65_HS1-834228961_62-HQ-83894_Section_8
Agency: FBI
Page 80
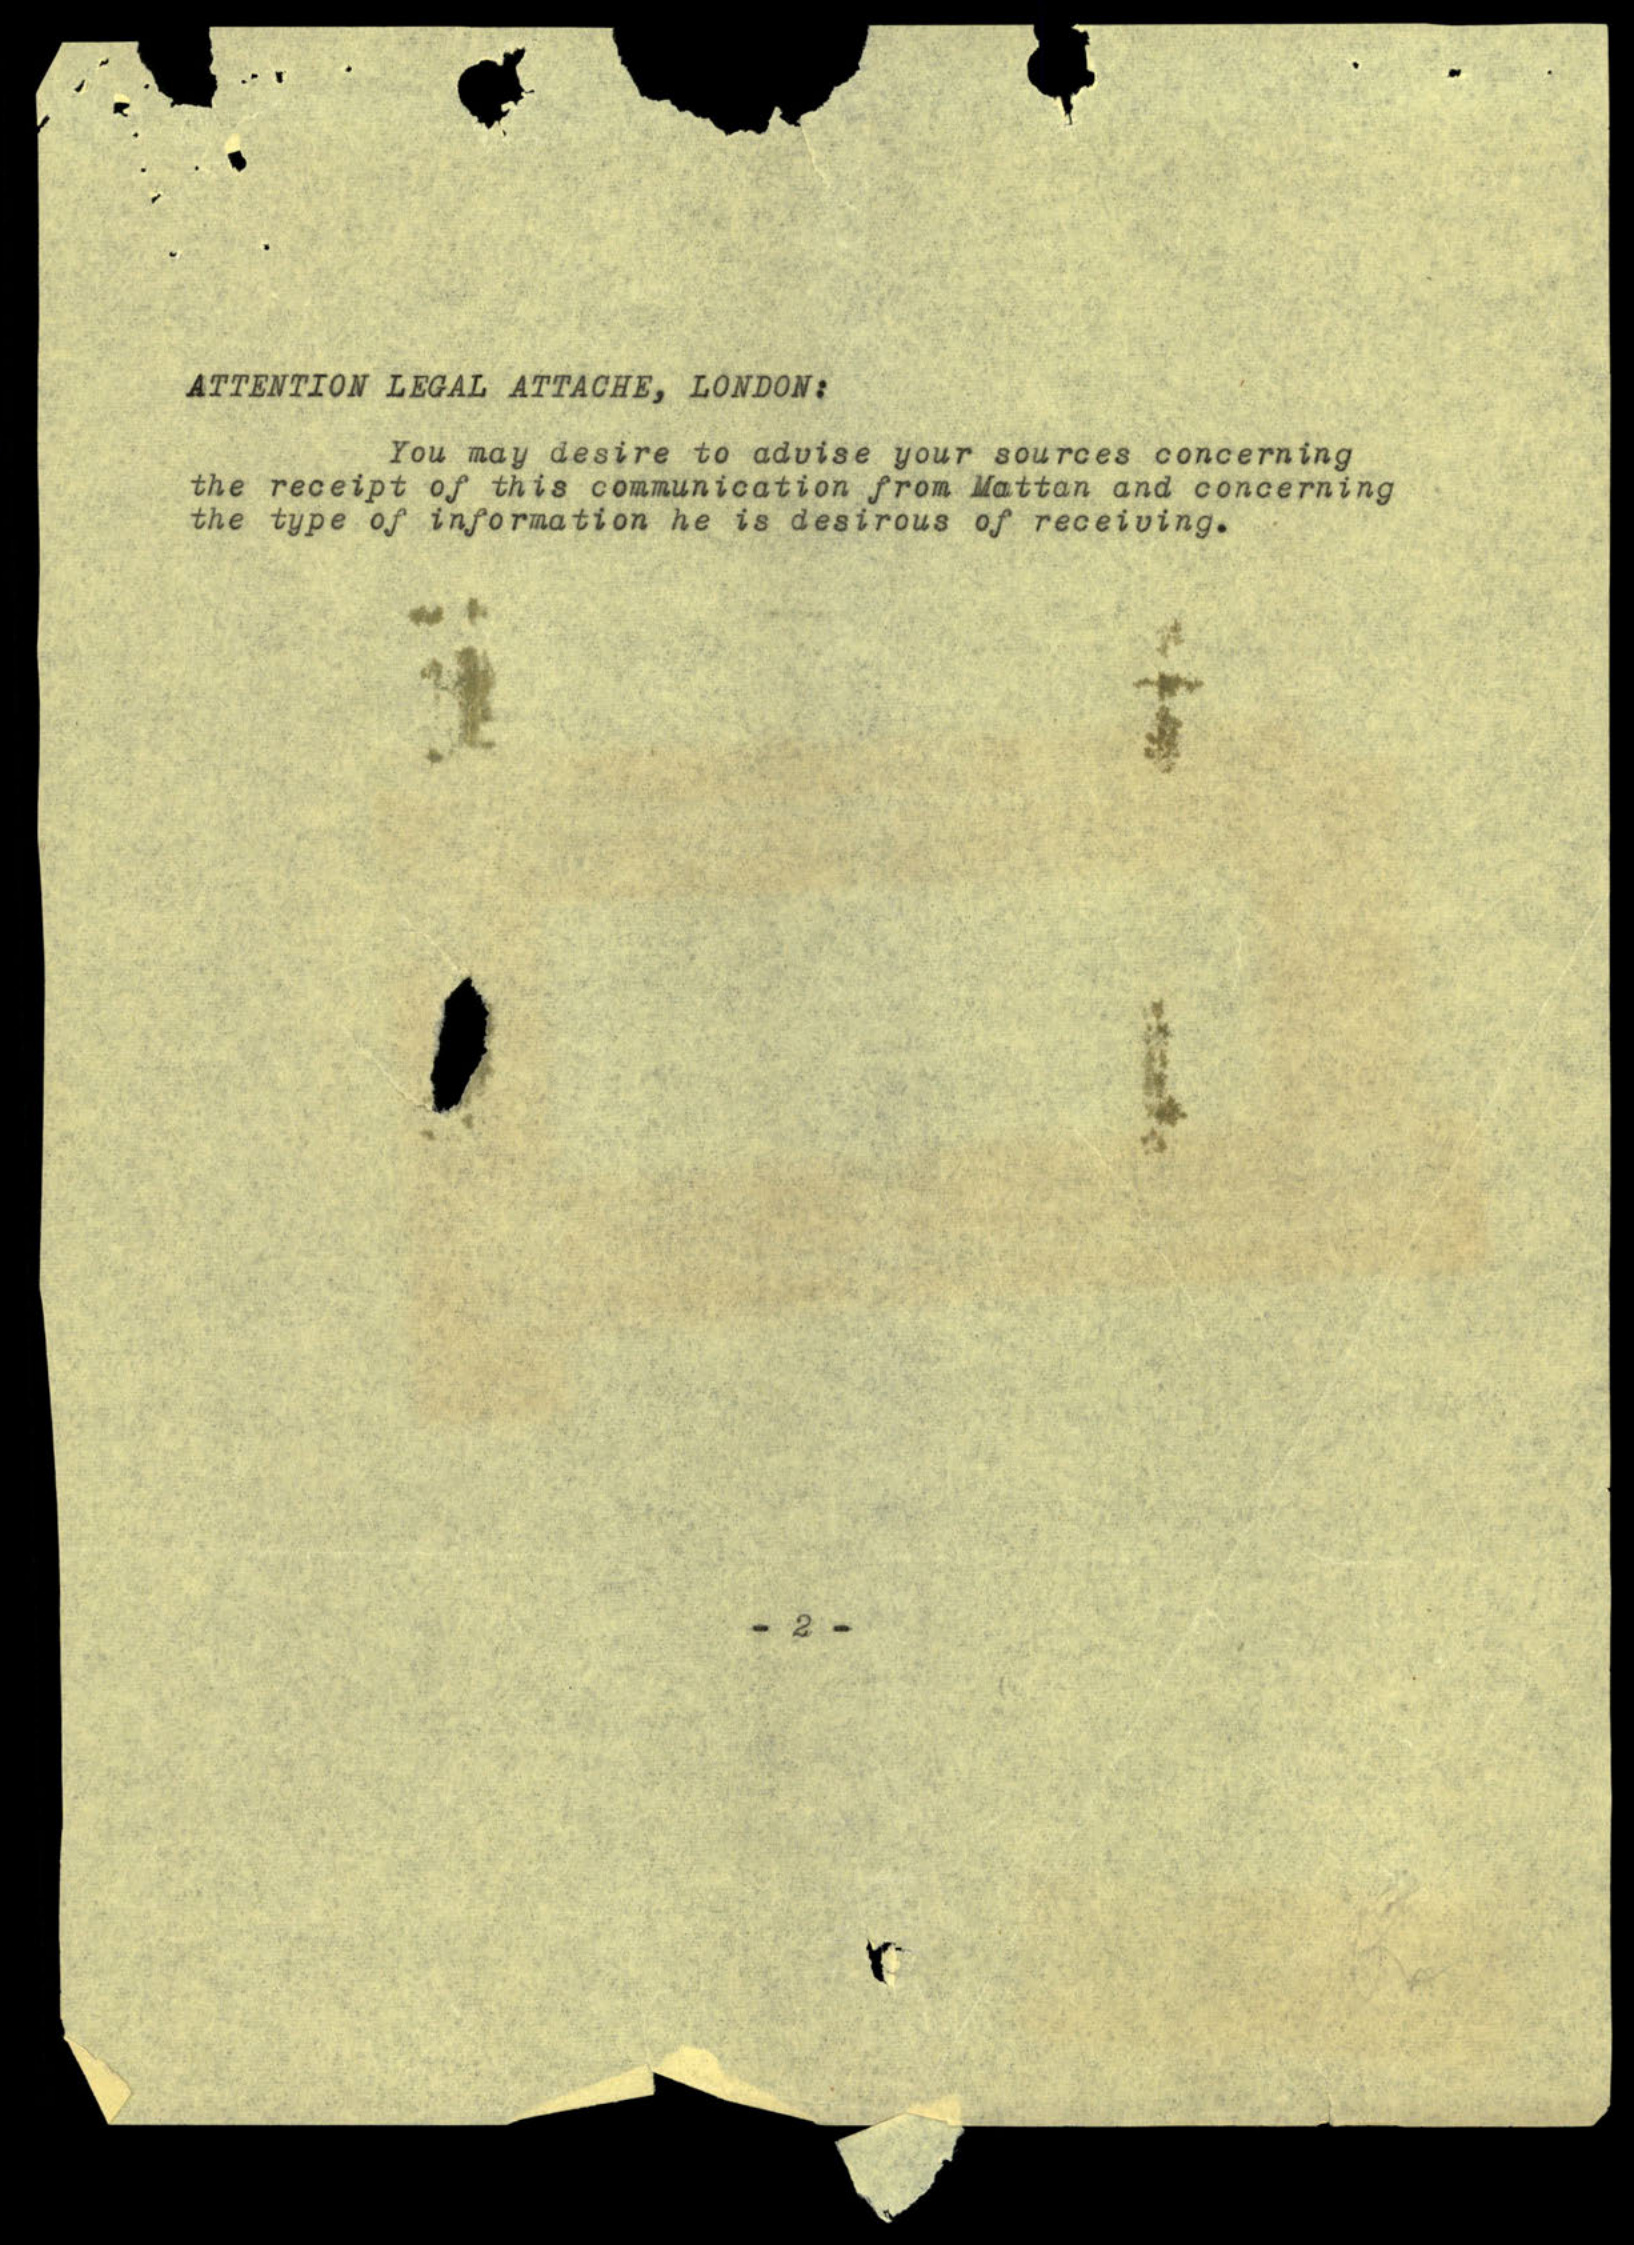